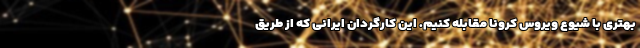
بهتری با شیوع ویروس کرونا مقابله کنیم. این کارگردان ایرانی که از طریق